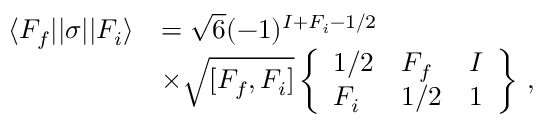
\begin{array} { r l } { \ensuremath { \langle F _ { f } | | } { \sigma } \ensuremath { | | F _ { i } \rangle } } & { = \sqrt { 6 } ( - 1 ) ^ { I + F _ { i } - 1 / 2 } } \\ & { \times \sqrt { [ F _ { f } , F _ { i } ] } \ensuremath { \left\{ \begin{array} { l l l } { 1 / 2 } & { F _ { f } } & { I } \\ { F _ { i } } & { 1 / 2 } & { 1 } \end{array} \right\} } \, , } \end{array}